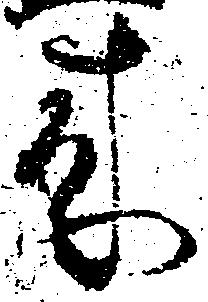
来